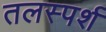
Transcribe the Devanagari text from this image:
तलस्पर्श